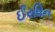
ઈરવિન